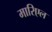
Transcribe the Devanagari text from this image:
मारिएल